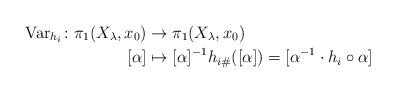
LaTeX: \begin{align*}\mbox{Var}_{h_i}\colon \pi_1(X_\lambda,x_0) & \to \pi_1(X_\lambda,x_0)\\ [\alpha] & \mapsto [\alpha]^{-1} h_{i\#}([\alpha])=[\alpha^{-1}\cdot h_i\circ\alpha]\end{align*}